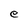
Character: e